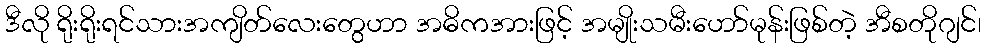
ဒီလို ရိုးရိုးရင်သားအကျိတ်လေးတွေဟာ အဓိကအားဖြင့် အမျိုးသမီးဟော်မုန်းဖြစ်တဲ့ အီစတိုဂျင်၊